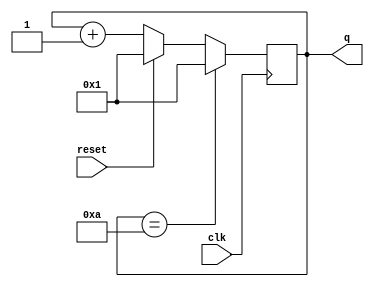
module top_module (
    input clk,
    input reset,      // Synchronous active-high reset
    output [3:0] q);

    always @(posedge clk) begin
        if(reset)
            q <= 4'h1;
        else
        	q <= q + 4'b1;
        
        if(q == 4'd10)
            q <= 4'b1;
    end
endmodule